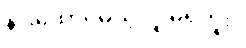
နားထောင်မယ့်လူ မရှိဘူး။